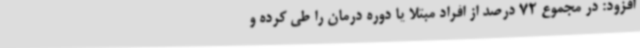
افزود: در مجموع 72 درصد از افراد مبتلا یا دوره درمان را طی کرده و